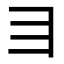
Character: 𬺹